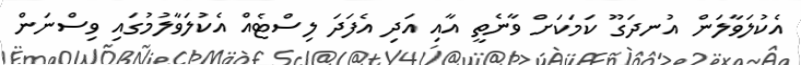
އެކުލަވާލަން އުނދަގޫ ކަމަކަށް ވާނެތީ އާއި އަދި އެފަދަ ލިސްޓެއް އެކުލަވާލުމުގައި ވިސްނަން